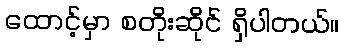
ထောင့်မှာ စတိုးဆိုင် ရှိပါတယ်။